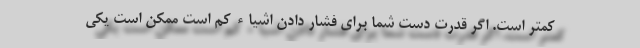
کمتر است. اگر قدرت دست شما برای فشار دادن اشیاء کم است ممکن است یکی